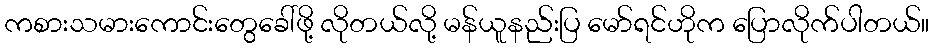
ကစားသမားကောင်းတွေခေါ်ဖို့ လိုတယ်လို့ မန်ယူနည်းပြ မော်ရင်ဟိုက ပြောလိုက်ပါတယ်။